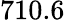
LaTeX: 710.6